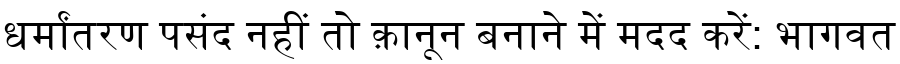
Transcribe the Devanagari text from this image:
धर्मांतरण पसंद नहीं तो क़ानून बनाने में मदद करें: भागवत